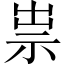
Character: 祟